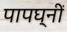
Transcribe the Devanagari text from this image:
पापघ्नीं